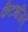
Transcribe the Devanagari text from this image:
कैटभजित्